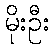
မိုးဦး